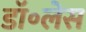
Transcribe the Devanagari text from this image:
डॉ॰लेस